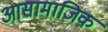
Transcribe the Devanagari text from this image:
आसामाजिक